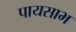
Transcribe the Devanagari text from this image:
पायसाभ